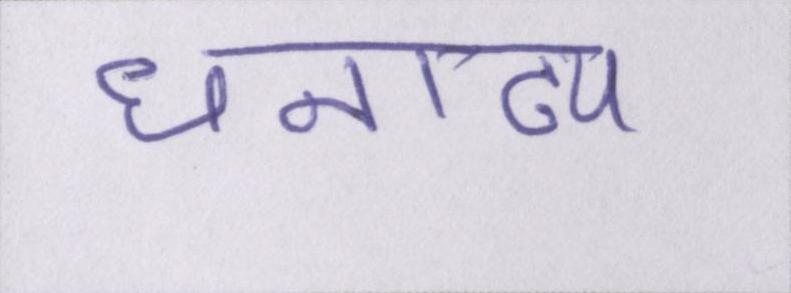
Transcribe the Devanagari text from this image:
धनाढ्य